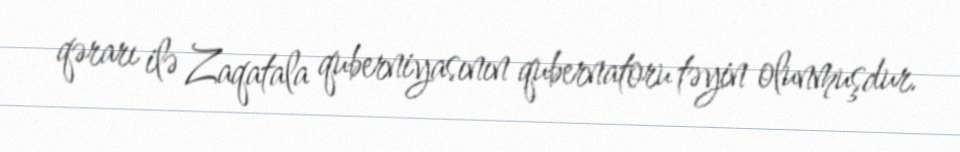
qərarı ilə Zaqatala quberniyasının qubernatoru təyin olunmuşdur.